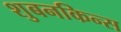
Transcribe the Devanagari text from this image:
शुबनकिन्स